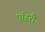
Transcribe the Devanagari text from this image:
पाँडरी